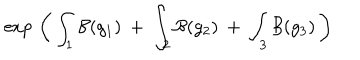
LaTeX: \exp \, \left( \, \int _ { 1 } { \cal B } ( g _ { 1 } ) \: + \: \int _ { 2 } { \cal B } ( g _ { 2 } ) \: + \: \int _ { 3 } { \cal B } ( g _ { 3 } ) \, \right)